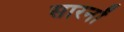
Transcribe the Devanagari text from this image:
सारनों